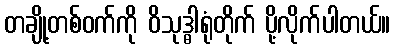
တချို့တစ်ဝက်ကို ဝိသုဒ္ဓါရုံတိုက် ပို့လိုက်ပါတယ်။